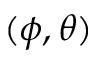
( \phi , \theta )